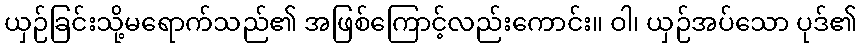
ယှဉ်ခြင်းသို့မရောက်သည်၏ အဖြစ်ကြောင့်လည်းကောင်း။ ဝါ၊ ယှဉ်အပ်သော ပုဒ်၏